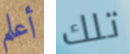
أعلم تلك